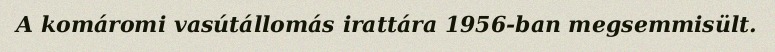
A komáromi vasútállomás irattára 1956-ban megsemmisült.